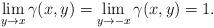
LaTeX: \begin{align*} \lim_{y\rightarrow x} \gamma(x,y) = \lim_{y\rightarrow -x} \gamma(x,y) = 1.\end{align*}